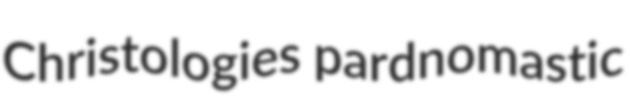
Christologies pardnomastic